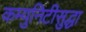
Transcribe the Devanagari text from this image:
कम्युनिटीसुद्धा